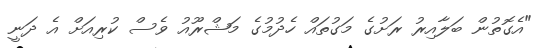
"އެގޮތުން ބަލާއިރު ރަށުގެ މަގުތައް ހެދުމުގެ މަޝްރޫއު ވެސް ކުރިއަށް އެ ދަނީ